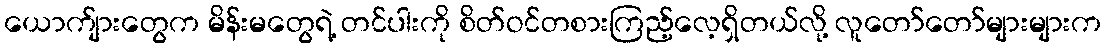
ယောက်ျားတွေက မိန်းမတွေရဲ့ တင်ပါးကို စိတ်ဝင်တစားကြည့်လေ့ရှိတယ်လို့ လူတော်တော်များများက